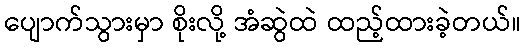
ပျောက်သွားမှာ စိုးလို့ အံဆွဲထဲ ထည့်ထားခဲ့တယ်။